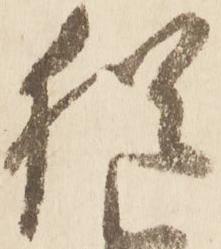
猶